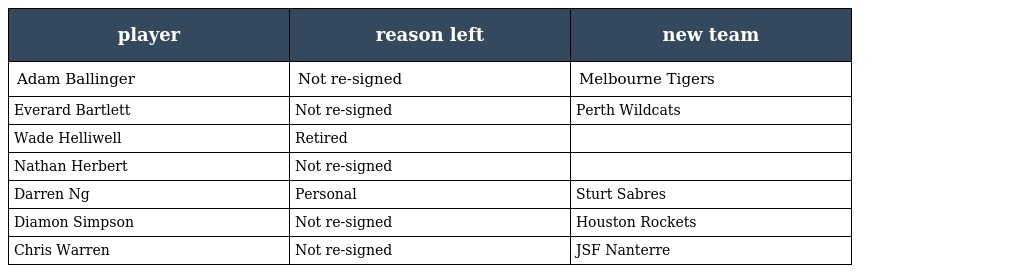
| player | reason left | new team |
 | --- | --- | --- |
 | Adam Ballinger | Not re-signed | Melbourne Tigers |
 | Everard Bartlett | Not re-signed | Perth Wildcats |
 | Wade Helliwell | Retired |  |
 | Nathan Herbert | Not re-signed |  |
 | Darren Ng | Personal | Sturt Sabres |
 | Diamon Simpson | Not re-signed | Houston Rockets |
 | Chris Warren | Not re-signed | JSF Nanterre |